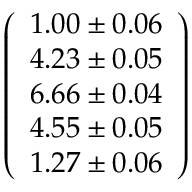
\left( \begin{array} { l } { 1 . 0 0 \pm 0 . 0 6 } \\ { 4 . 2 3 \pm 0 . 0 5 } \\ { 6 . 6 6 \pm 0 . 0 4 } \\ { 4 . 5 5 \pm 0 . 0 5 } \\ { 1 . 2 7 \pm 0 . 0 6 } \end{array} \right)